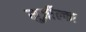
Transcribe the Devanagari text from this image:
मुर्ज़ील्का